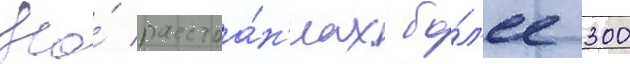
На́ расстоа́н'иах бо́л'ее 300